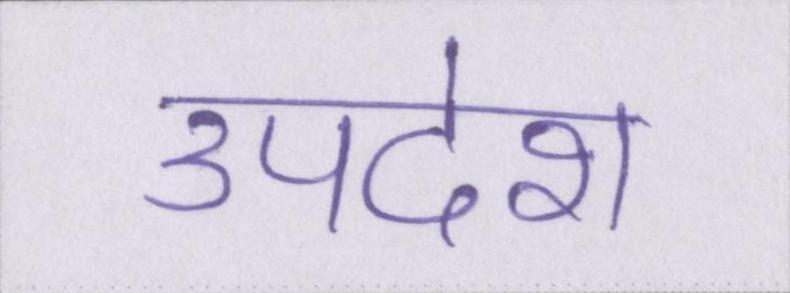
उपदेश